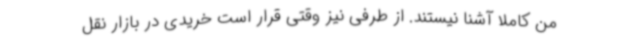
من کاملاً آشنا نیستند. از طرفی نیز وقتی قرار است خریدی در بازار نقل